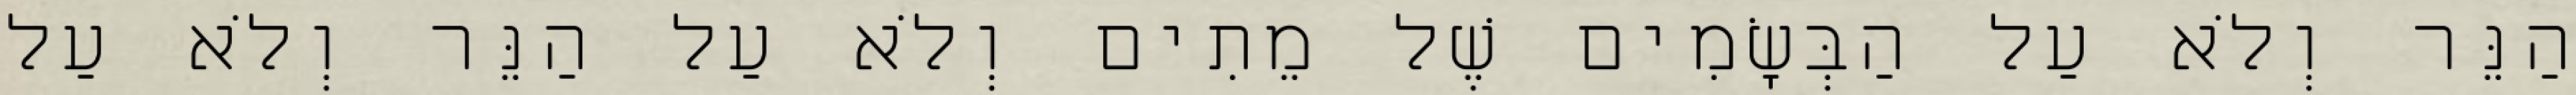
הַנֵּר וְלֹא עַל הַבְּשָׂמִים שֶׁל מֵתִים וְלֹא עַל הַנֵּר וְלֹא עַל